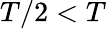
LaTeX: T/2<T